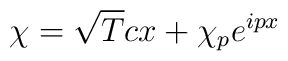
\chi = \sqrt{T} c x  + \chi_p { e}^{ipx}